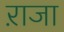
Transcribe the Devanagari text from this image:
ऱाजा